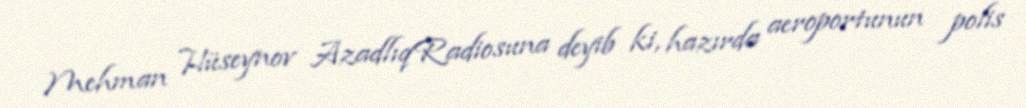
Mehman Hüseynov AzadlıqRadiosuna deyib ki, hazırda aeroportunun polis